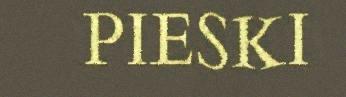
PIESKI